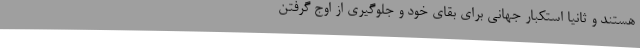
هستند و ثانیاً استکبار جهانی برای بقای خود و جلوگیری از اوج گرفتن